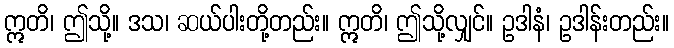
ဣတိ၊ ဤသို့။ ဒသ၊ ဆယ်ပါးတို့တည်း။ ဣတိ၊ ဤသို့လျှင်။ ဥဒါနံ၊ ဥဒါန်းတည်း။